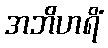
အဘိဟရိံ